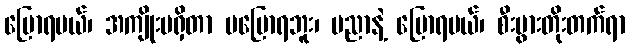
ပြောရမယ်၊ အကျိုးမရှိတာ မပြောရဘူး၊ ပညာနဲ့ ပြောရမယ်၊ စီးပွားတိုးတက်ရာ